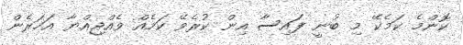
ކޮންމެ ކަމެކޭ މި ބުނީ ފައިސާ އިން ކުރެވޭ ކަމެއް ވެއްޖިއްޔާ އަހަރެން